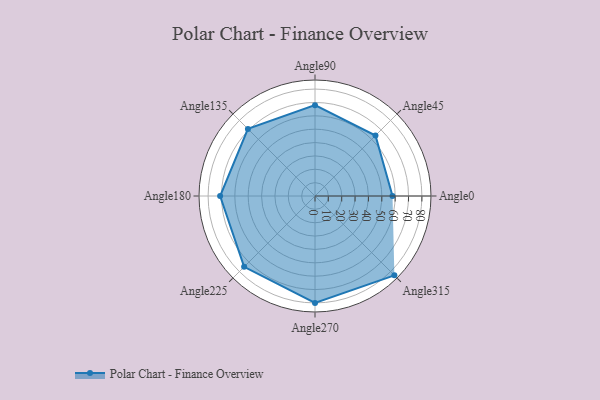
{"axis": {"x": "Angle", "y": "Radius"}, "legend": [""], "data": [{"x": "Angle0", "y": 58.0, "type": ""}, {"x": "Angle45", "y": 64.0, "type": ""}, {"x": "Angle90", "y": 68.0, "type": ""}, {"x": "Angle135", "y": 71.0, "type": ""}, {"x": "Angle180", "y": 71.0, "type": ""}, {"x": "Angle225", "y": 75.0, "type": ""}, {"x": "Angle270", "y": 80.0, "type": ""}, {"x": "Angle315", "y": 84.0, "type": ""}]}